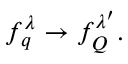
\begin{array} { r } { f _ { q } ^ { \lambda } \to f _ { Q } ^ { \lambda ^ { \prime } } . } \end{array}